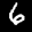
Label: 6